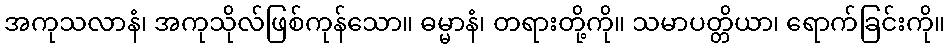
အကုသလာနံ၊ အကုသိုလ်ဖြစ်ကုန်သော။ ဓမ္မာနံ၊ တရားတို့ကို။ သမာပတ္တိယာ၊ ရောက်ခြင်းကို။